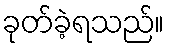
ခုတ်ခဲ့ရသည်။